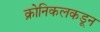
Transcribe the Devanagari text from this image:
क्रोनिकलकडून